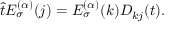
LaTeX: \hat { t } E _ { \sigma } ^ { ( \alpha ) } ( j ) = E _ { \sigma } ^ { ( \alpha ) } ( k ) D _ { k j } ( t ) .